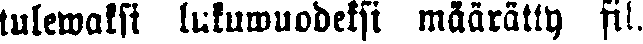
tulewaksi lukuwuodeksi määrätty fil.